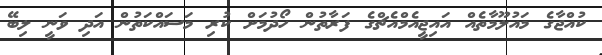
ކުއްޖާގެ މައުލޫމާތެއް އައިޖީއެމްއެޗްގެ ފަރާތުން ހޯދުމަށް ކުރި މަސައްކަތުން އަދި ވަނީ ލިބޭ